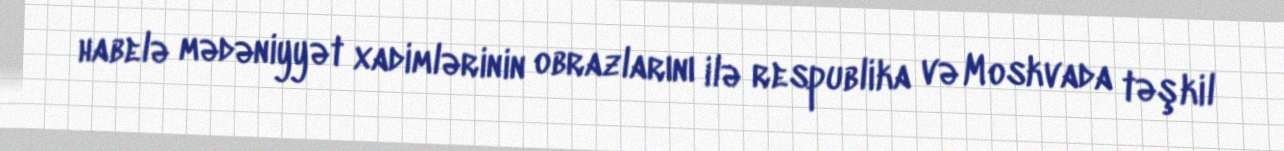
habelə mədəniyyət xadimlərinin obrazlarını ilə respublika və Moskvada təşkil